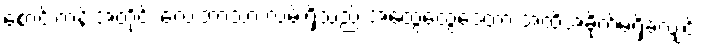
စောင်းတန်းအတိုင်း လေးဘာသာ လမ်းရှိသည် အထွေထွေဒေတာ အထိအခိုက်မရှိခဲ့လျှင်